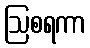
ဩစရကာ